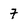
Character: 7